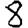
Digit: 8